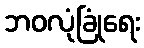
ဘဝလုံခြုံရေး